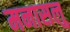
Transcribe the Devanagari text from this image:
मनासलु